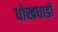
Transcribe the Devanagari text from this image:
धोखधाडी